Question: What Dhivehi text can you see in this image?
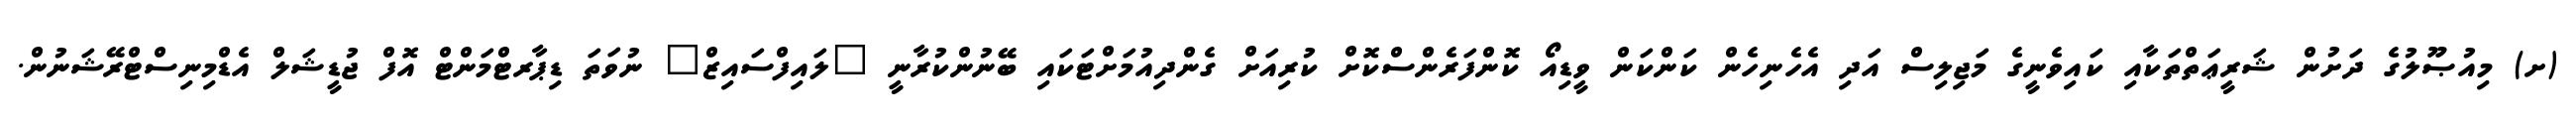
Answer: (ށ) މިއުޞޫލުގެ ދަށުން ޝަރީޢަތްތަކާއި ކައިވެނީގެ މަޖިލިސް އަދި އެހެނިހެން ކަންކަން ވީޑިއޯ ކޮންފަރެންސްކޮށް ކުރިއަށް ގެންދިއުމަށްޓަކައި ބޭނުންކުރާނީ "ލައިފްސައިޒް" ނުވަތަ ޑިޕާރޓްމަންޓް އޮފް ޖުޑީޝަލް އެޑްމިނިސްޓްރޭޝަނުން.